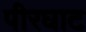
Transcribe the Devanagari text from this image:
पीरघाट